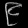
Digit: ၉